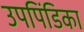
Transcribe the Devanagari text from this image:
उपपिंडिका